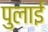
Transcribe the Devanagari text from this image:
पुलाई